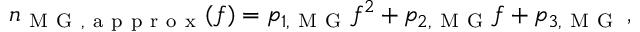
n _ { \mathrm { ~ M ~ G ~ , ~ a ~ p ~ p ~ r ~ o ~ x ~ } } ( f ) = p _ { 1 , \mathrm { ~ M ~ G ~ } } f ^ { 2 } + p _ { 2 , \mathrm { ~ M ~ G ~ } } f + p _ { 3 , \mathrm { ~ M ~ G ~ } } \, ,